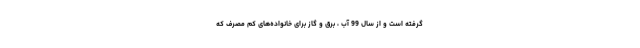
گرفته است و از سال 99 آب ، برق و گاز برای خانواده‌های کم مصرف که